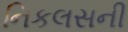
નિકલસની